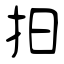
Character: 抇